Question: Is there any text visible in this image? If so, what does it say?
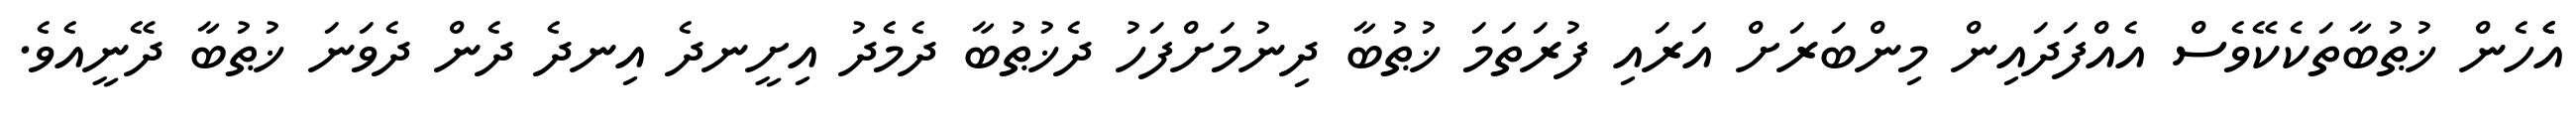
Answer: އެެހެން ޚުޠުބާތަކެކޭވެސް އެއްފަދައިން މިންބަރަށް އަރައި ފުރަތަމަ ޚުޠުބާ ދިނުމަށްފަހު ދެޚުޠުބާ ދެމެދު އިށީނދެ އިނދެ ދެން ދެވަނަ ޚުޠުބާ ދޭނީއެވެ.